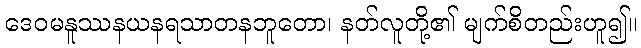
ဒေဝမနူဿနယနရသာတနဘူတော၊ နတ်လူတို့၏ မျက်စိတည်းဟူ၍။